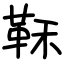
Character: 鞂